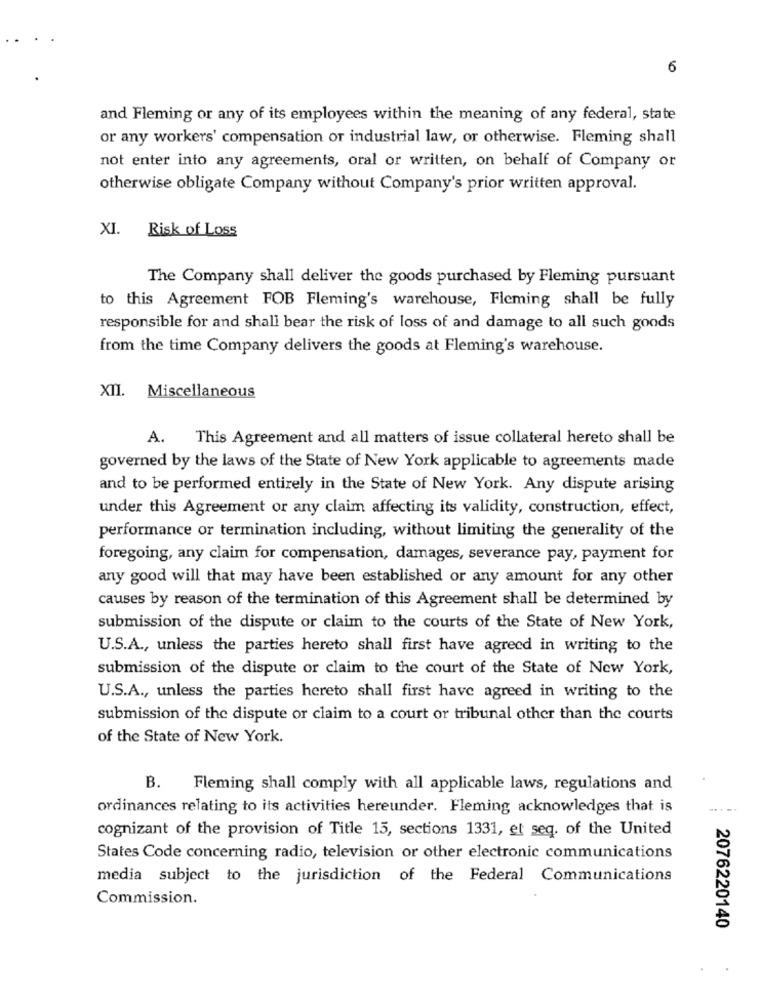
6
and Fleming or any of its employees within the meaning of any federal, state
or any workers' compensation or industrial law, or otherwise. Fleming shall
not enter into any agreements, oral or written, on behalf of Company or
otherwise obligate Company without Company's prior written approval.
XI. Risk of Loss
The Company shall deliver the goods purchased by Fleming pursuant
to this Agreement FOB Fleming's warehouse, Fleming shall be fully
responsible for and shall bear the risk of loss of and damage to all such goods
from the time Company delivers the goods at Fleming's warehouse.
XII. Miscellaneous
A.
This Agreement and all matters of issue collateral hereto shall be
governed by the laws of the State of New York applicable to agreements made
and to be performed entirely in the State of New York. Any dispute arising
under this Agreement or any claim affecting its validity, construction, effect,
performance or termination including, without limiting the generality of the
foregoing, any claim for compensation, damages, severance pay, payment for
any good will that may have been established or any amount for any other
causes by reason of the termination of this Agreement shall be determined by
submission of the dispute or claim to the courts of the State of New York,
U.S.A ., unless the parties hereto shall first have agreed in writing to the
submission of the dispute or claim to the court of the State of New York,
U.S.A ., unless the parties hereto shall first have agreed in writing to the
submission of the dispute or claim to a court or tribunal other than the courts
of the State of New York.
B.
Fleming shall comply with all applicable laws, regulations and
ordinances relating to its activities hereunder. Fleming acknowledges that is
cognizant of the provision of Title 15, sections 1331, et seq. of the United
States Code concerning radio, television or other electronic communications
media subject to the jurisdiction of the Federal Communications
Commission.
2076220140